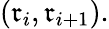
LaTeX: (\mathfrak{r}_{i},\mathfrak{r}_{i+1}).